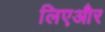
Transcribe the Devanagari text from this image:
लिएऔर